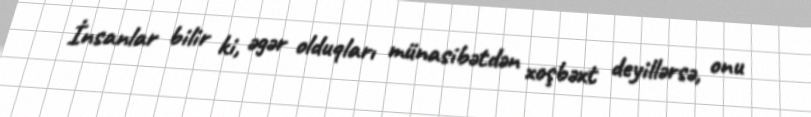
İnsanlar bilir ki, əgər olduqları münasibətdən xoşbəxt deyillərsə, onu